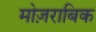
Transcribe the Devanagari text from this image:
मोज़राबिक